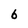
Character: 6